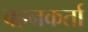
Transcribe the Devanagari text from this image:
वहनकर्ता